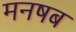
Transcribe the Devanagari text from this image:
मनषब